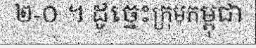
២-០ ។ ដូច្នេះក្រុមកម្ពុជា